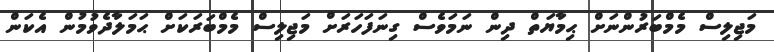
މަޖިލިސް މެމްބަރުންނަށް ޙިމާޔަތް ދިން ނަމަވެސް ގިނަފަހަރަށް މަޖިލިސް މެމްބަރަކަށް ޙަމަލާދެވުމުން އެކަން